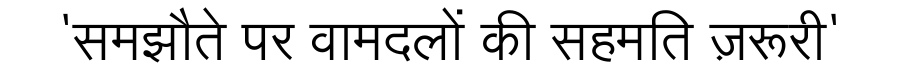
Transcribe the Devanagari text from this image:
'समझौते पर वामदलों की सहमति ज़रूरी'